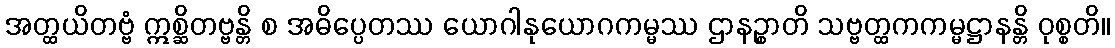
အတ္ထယိတဗ္ဗံ ဣစ္ဆိတဗ္ဗန္တိ စ အဓိပ္ပေတဿ ယောဂါနုယောဂကမ္မဿ ဌာနဉ္စာတိ သဗ္ဗတ္ထကကမ္မဋ္ဌာနန္တိ ဝုစ္စတိ။